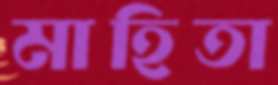
মাহিতা